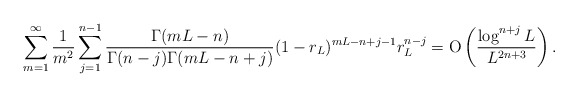
\begin{align*} \sum_{m=1}^\infty \frac 1{m^2} \sum_{j=1}^{n-1}\frac{\Gamma(mL-n)}{\Gamma(n-j)\Gamma(mL-n+j)} (1-r_L)^{mL-n+j-1} r_L^{n-j}= \textrm{O}\left(\frac{\log^{n+j} L}{L^{2n+3}}\right).\end{align*}